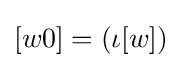
[w0]=(\iota [w])